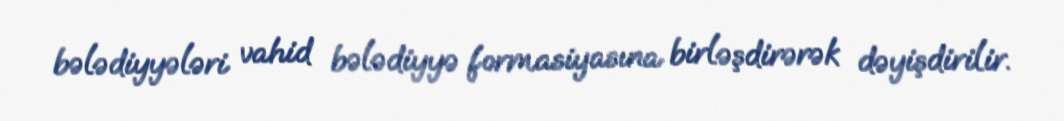
bələdiyyələri vahid bələdiyyə formasiyasına birləşdirərək dəyişdirilir.